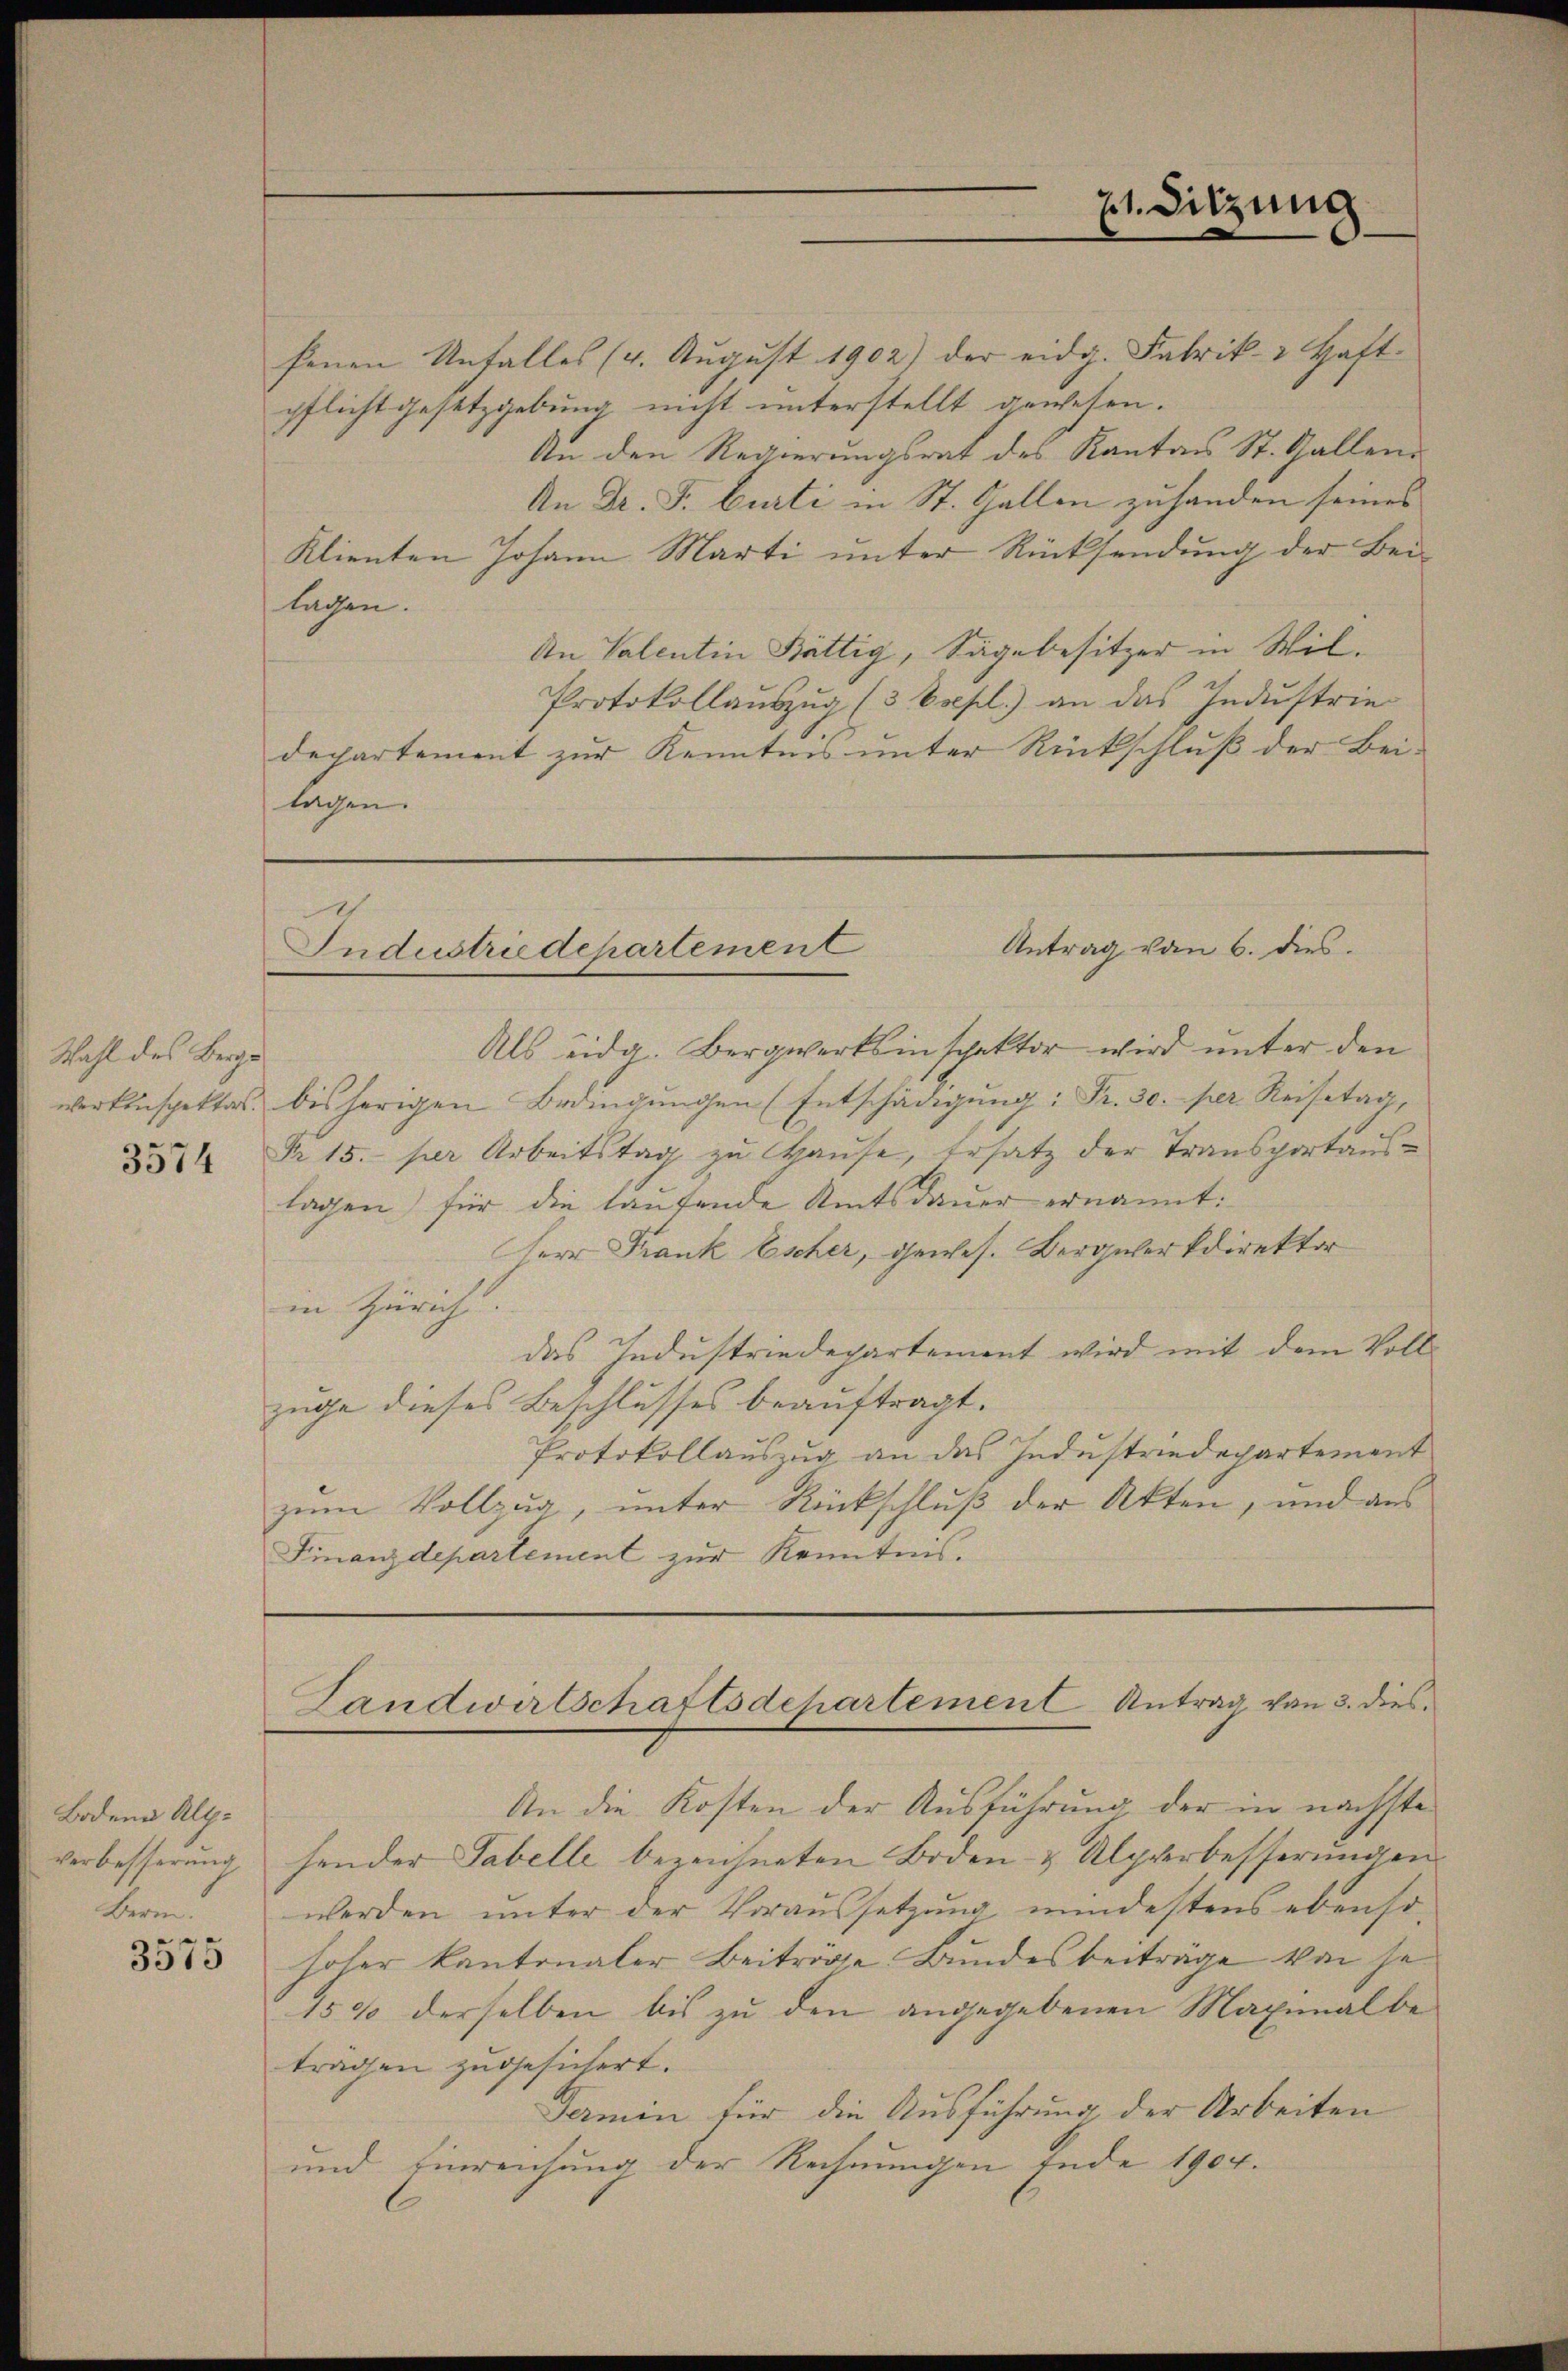
Wahl des Berge
3574

Boden Altverbesserung
Bern.

3575

fenen Unfalles (4. Aŭgŭst 1902) der eidg. Fabrik- Haft-
pflicht gesetzgebung nicht unterstellt gewesen.
An den Regierungsrat des Kantons St. Gallend
An Dr. F. Curti in St. Gallen zuhanden seines
Klienten Johann Marti unter Rücksendung der Beilagen.
An Valentin Bättig, Sägebesitzer in Wil¬
Protokollauszug (3 Esepl.) an das Industrie
departement zur Kenntnis unter Rückschluß der Bei-
lagen.

71. Sitzung

Antrag vom 6. dies
Industriedepartement

Als eidg. Bergwerksinspektor wird unter den
werkinspektes bisherigen Bedingŭngen (Entschädigŭng: Fr. 30. per Reisetag,
Nr. 15. per Arbeitstag zu Hause, Ersatz der Transportaus-
lagen) für die laufende Amtsdauer ernannt:
Herr Frank Escher, gewes. Bergüterkdirektor
in Zürich. |
das Industriedepartement wird mit dem Vollzuge dieses Beschlusses beauftragt.
Protokollauszug an das Industriedepartement
zum Vollzug, unter Rückschluß der Akten, und aus
Finanzdepartement zur Kenntnis.

An die Kosten der Ausführung der in nächste
sender Tabelle bezeichneten Boden- & Alpverbesserungen
werden unter der Voraussetzung mindestens ebenso-
hoher kantonaler Beiträge Bundesbeiträge von je¬
15% derselben bis zu den angegebenen Maximal beträgen zugesichert.
Fermin für die Ausführung der Arbeiten
und Einreichung der Rechnungen Ende 1904.

Tandwirtschaftsdepartement Antrag von 3. dies